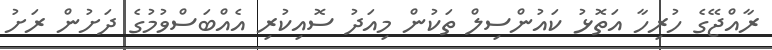
ރާއްޖޭގެ ހުރިހާ އަތޮޅު ކައުންސިލް ތަކުން މިއަދު ސޮއިކުރި އެއްބަސްވުމުގެ ދަށުން ރަށު